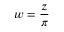
w = { \frac { z } { \pi } }